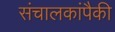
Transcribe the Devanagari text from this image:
संचालकांपैकी